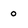
Character: 0